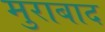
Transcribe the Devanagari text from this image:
मुराबाद